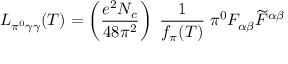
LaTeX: { \cal L } _ { \pi ^ { 0 } \gamma \gamma } ( T ) = \left( { \frac { e ^ { 2 } N _ { c } } { 4 8 \pi ^ { 2 } } } \right) \; { \frac { 1 } { f _ { \pi } ( T ) } } \; \pi ^ { 0 } F _ { \alpha \beta } \widetilde { F } ^ { \alpha \beta }